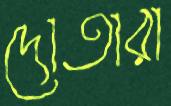
দোতারা